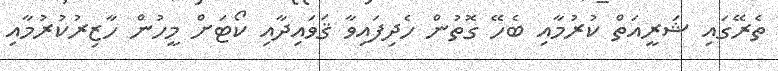
ތެރޭގައި ޝަރީއަތް ކުރުމާއި ބެހޭ ގޮތުން ހެދިފައިވާ ޤަވައިދާއި ކޯޓަށް މީހުން ހާޒިރުކުރުމާއި